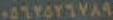
٠٥٦٢٥٢٦٧٨٩